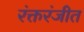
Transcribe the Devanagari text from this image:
रंक्तरंजीत